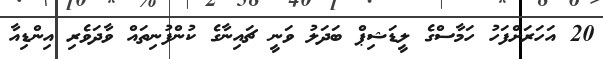
20 އަހަރަށްފަހު ހަމާސްގެ ލީޑަޝިޕް ބަދަލު ވަނީ ޗައިނާގެ ކުންފުނިތައް ވާދަވެރި އިންޑިއާ